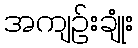
အကျဉ်းချုံး